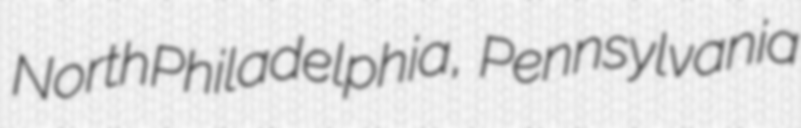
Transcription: NorthPhiladelphia, Pennsylvania